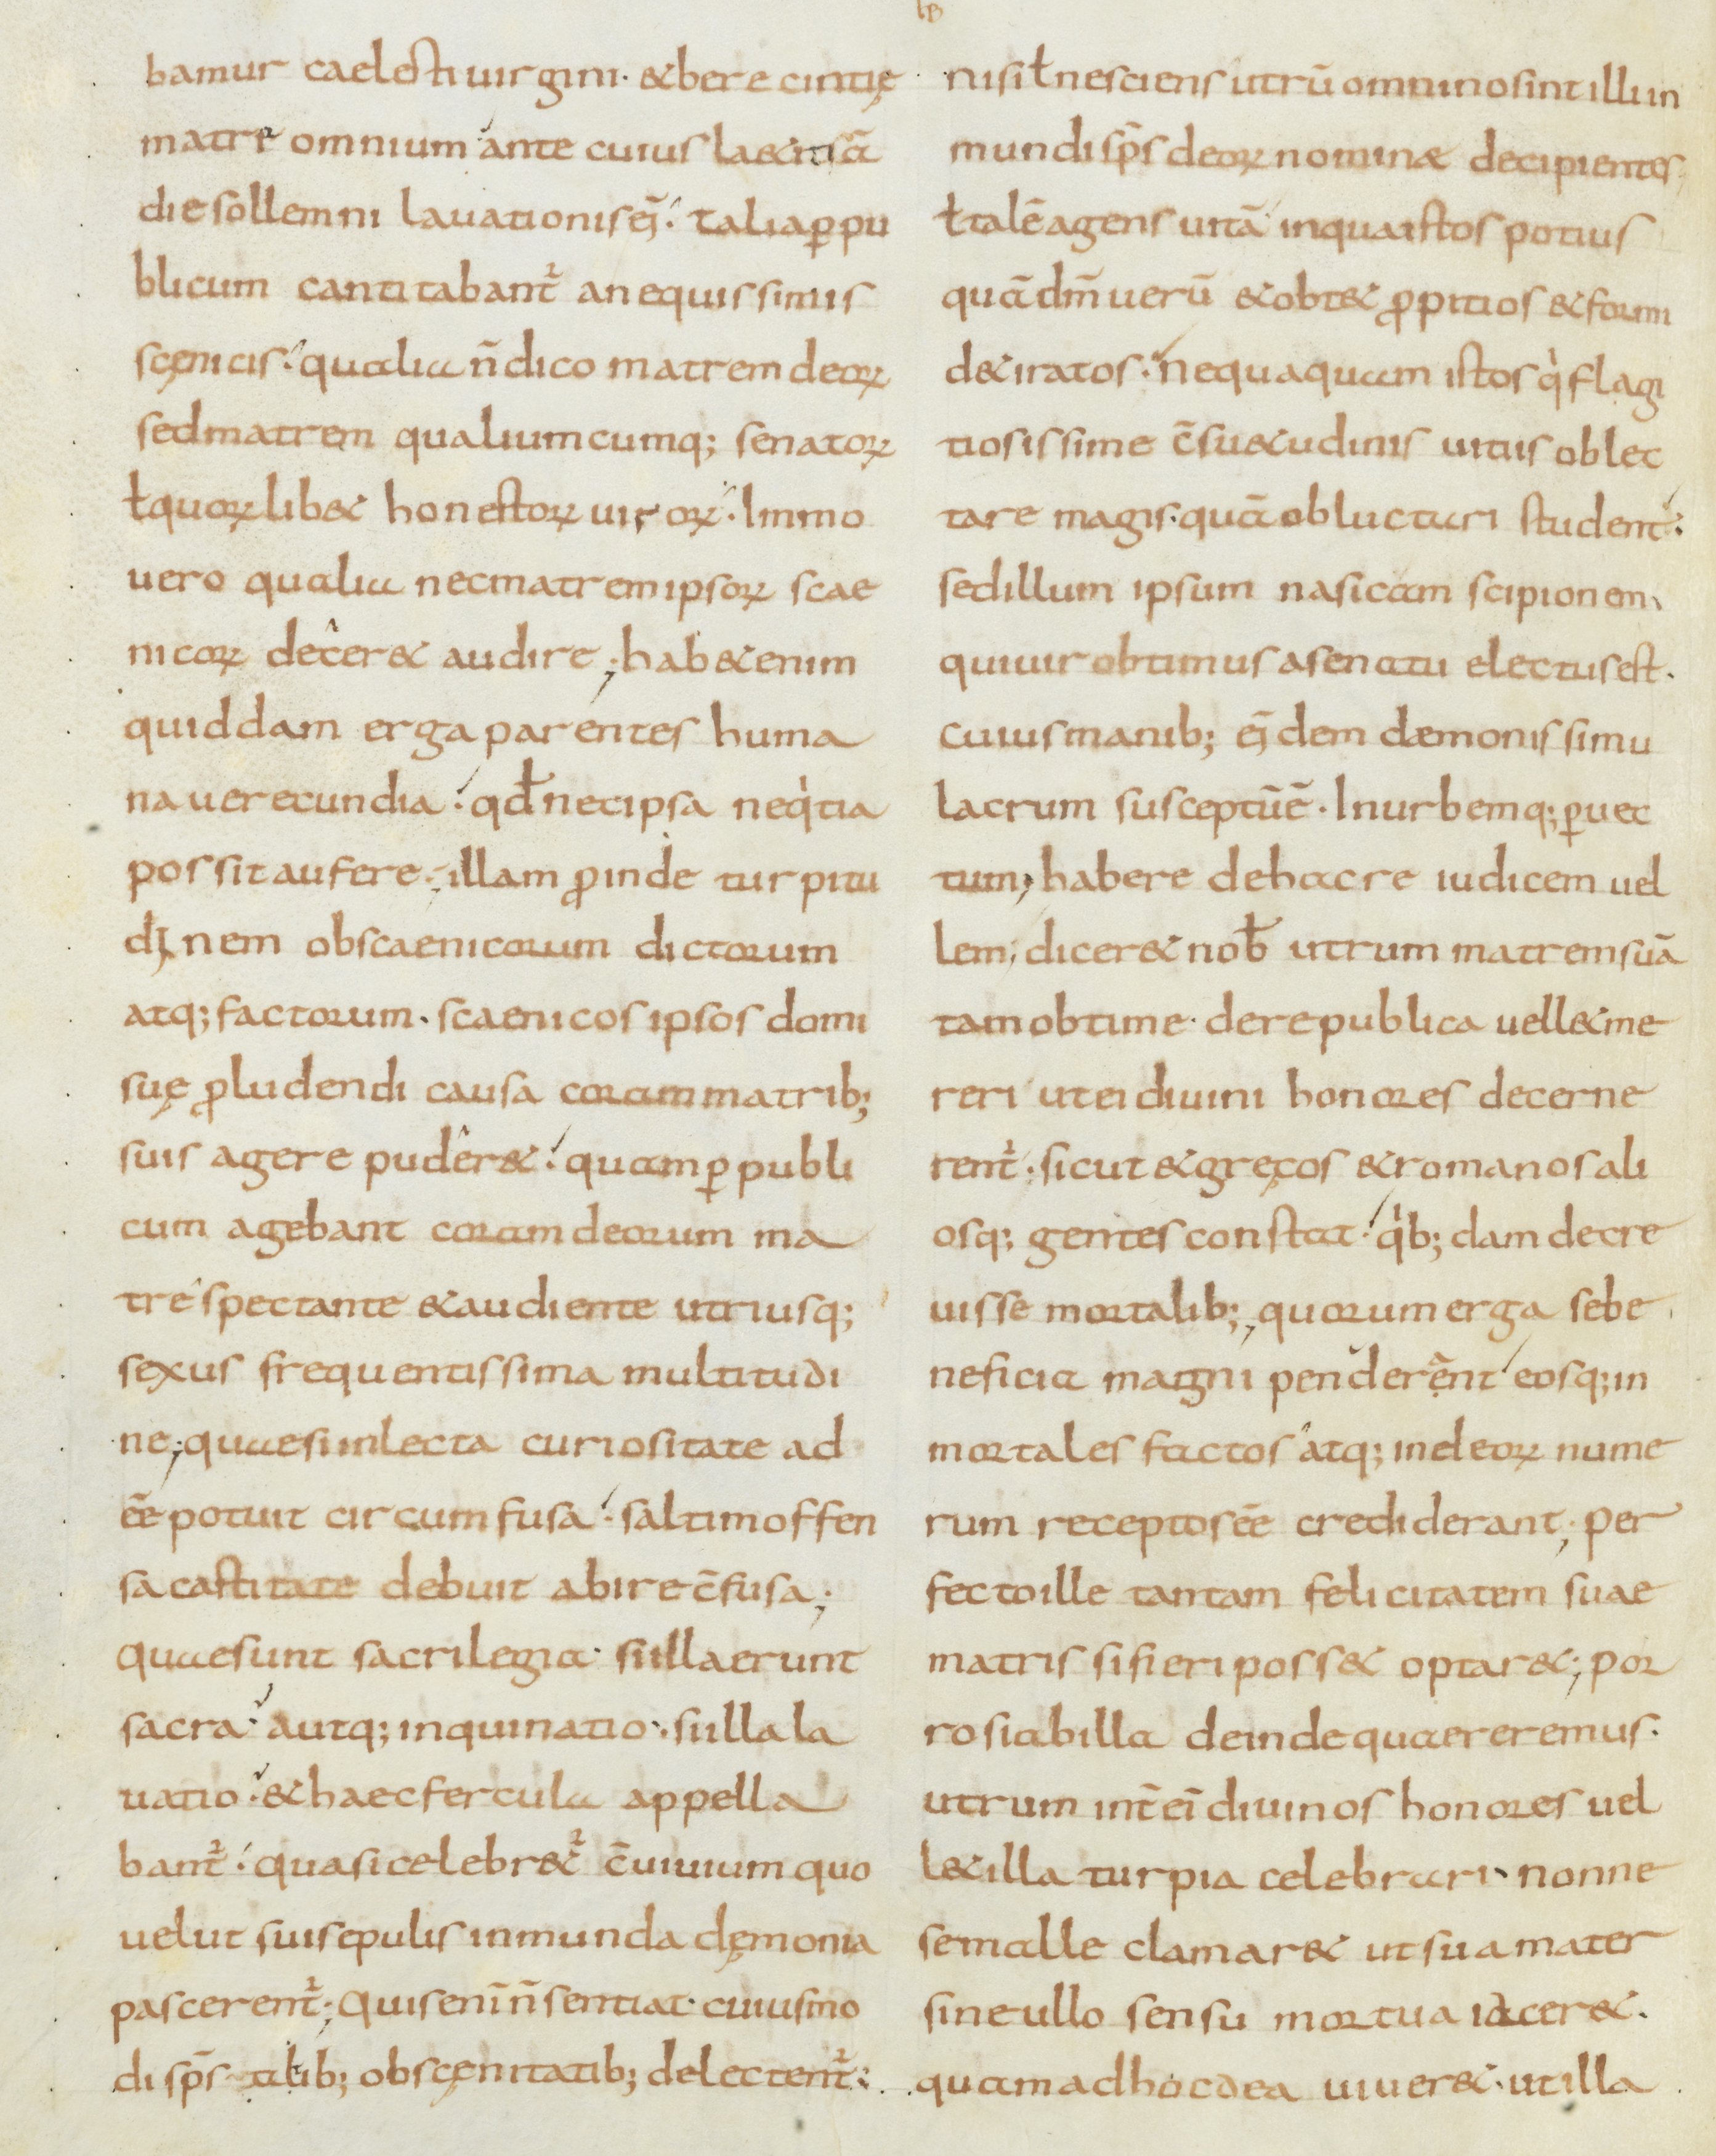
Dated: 800–899